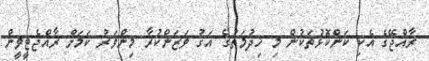
ރާއްޖޭގެ އެކި ކަންކޮޅުތަކުން މި ޚިދުމަތުގެ އަގު ވަޒަންކުރާ މިންވަރު ކަމަށް ރާއްޖެޓީވީން